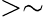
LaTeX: >\sim